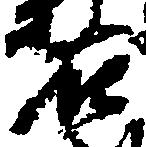
右